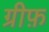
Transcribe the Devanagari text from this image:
ग्रीफ़